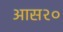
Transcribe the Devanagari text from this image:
आस२०